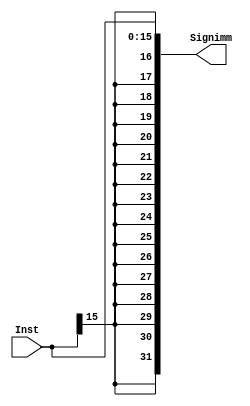
module SIGN_EXTEND #(parameter Repeat =16 )(
    input wire [15:0] Inst,
    output wire [31:0] Signimm
);
wire [Repeat-1:0] Sign;

assign Sign={Repeat {Inst[15]}};

assign Signimm={Sign,Inst};
    
endmodule